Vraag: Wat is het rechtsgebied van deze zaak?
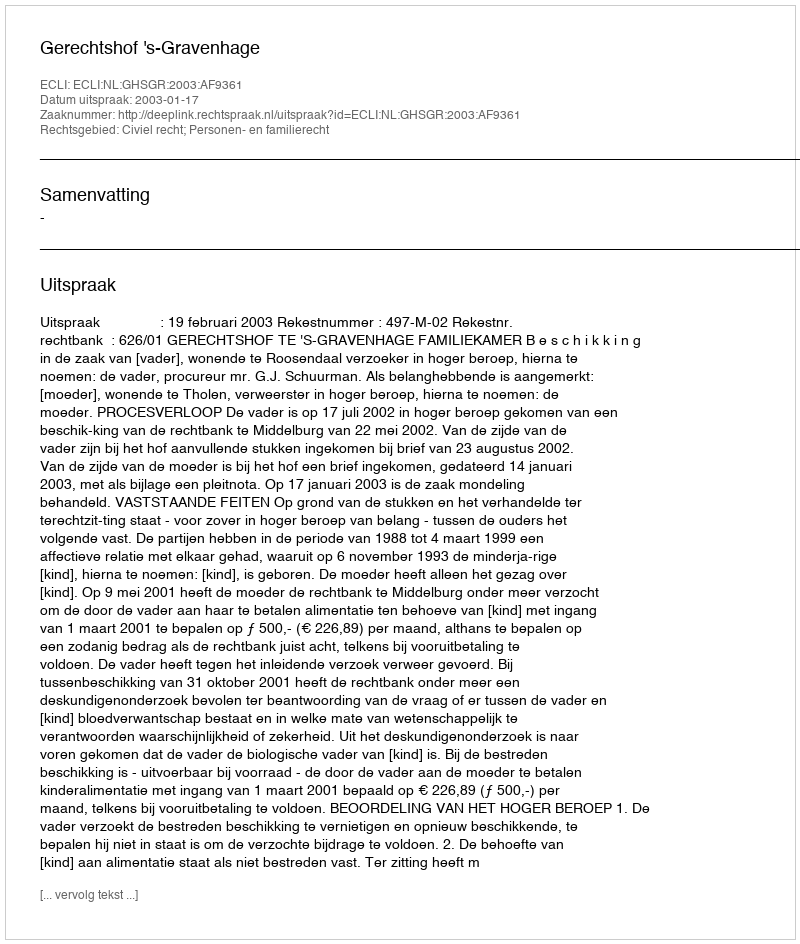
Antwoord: Civiel recht; Personen- en familierecht